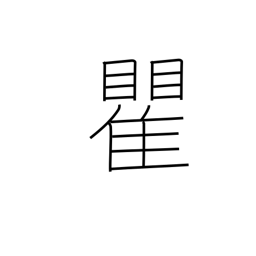
Meaning: surname